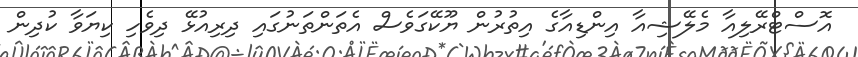
އޮސްޓްރޭލިއާ މެލޭޝިއާ އިންޑިއާގެ އިތުރުން ޔޫކޭގަވެސް އެތަންތަނުގައި ދިރިއުޅޭ ދިވެހި ކިޔަވާ ކުދިން